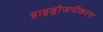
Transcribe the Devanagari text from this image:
हाइड्रोजनीकरन